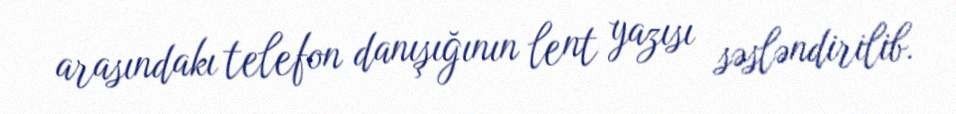
arasındakı telefon danışığının lent yazısı səsləndirilib.